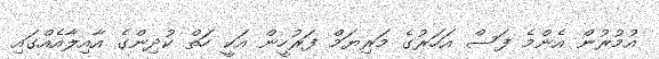
އުމުރުން އެންމެ ފަސް އަހަރުގެ މަރިޔަމް ފަރުހީން އަކީ ހަތް ކުދިންގެ އާއިލާއެއްގައި